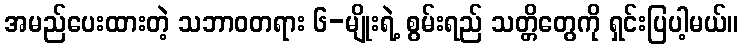
အမည်ပေးထားတဲ့ သဘာဝတရား ၆-မျိုးရဲ့ စွမ်းရည် သတ္တိတွေကို ရှင်းပြပါ့မယ်။